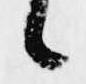
候